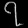
Digit: ၇